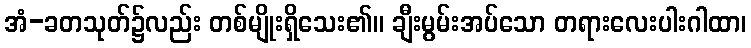
အံ-ခတသုတ်၌လည်း တစ်မျိုးရှိသေး၏။ ချီးမွမ်းအပ်သော တရားလေးပါးဂါထာ၊